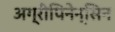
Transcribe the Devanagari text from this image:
अग्रीपिनेन्सिन